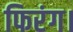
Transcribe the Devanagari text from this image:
फिरंग।